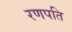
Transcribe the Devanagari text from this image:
रणपति